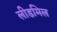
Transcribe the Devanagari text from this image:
लीडमिल